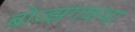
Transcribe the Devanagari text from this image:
बोज्झंगकथा